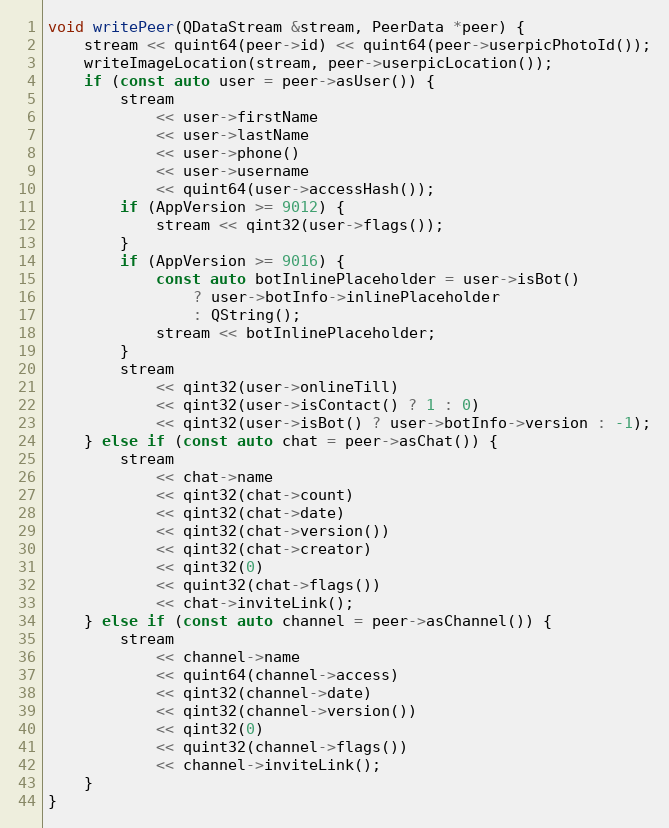
Language: C++
void writePeer(QDataStream &stream, PeerData *peer) {
	stream << quint64(peer->id) << quint64(peer->userpicPhotoId());
	writeImageLocation(stream, peer->userpicLocation());
	if (const auto user = peer->asUser()) {
		stream
			<< user->firstName
			<< user->lastName
			<< user->phone()
			<< user->username
			<< quint64(user->accessHash());
		if (AppVersion >= 9012) {
			stream << qint32(user->flags());
		}
		if (AppVersion >= 9016) {
			const auto botInlinePlaceholder = user->isBot()
				? user->botInfo->inlinePlaceholder
				: QString();
			stream << botInlinePlaceholder;
		}
		stream
			<< qint32(user->onlineTill)
			<< qint32(user->isContact() ? 1 : 0)
			<< qint32(user->isBot() ? user->botInfo->version : -1);
	} else if (const auto chat = peer->asChat()) {
		stream
			<< chat->name
			<< qint32(chat->count)
			<< qint32(chat->date)
			<< qint32(chat->version())
			<< qint32(chat->creator)
			<< qint32(0)
			<< quint32(chat->flags())
			<< chat->inviteLink();
	} else if (const auto channel = peer->asChannel()) {
		stream
			<< channel->name
			<< quint64(channel->access)
			<< qint32(channel->date)
			<< qint32(channel->version())
			<< qint32(0)
			<< quint32(channel->flags())
			<< channel->inviteLink();
	}
}